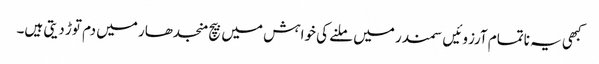
کبھی یہ ناتمام آرزوئیں سمندر میں ملنے کی خواہش میں بیچ منجدھار میں دم توڑ دیتی ہیں۔